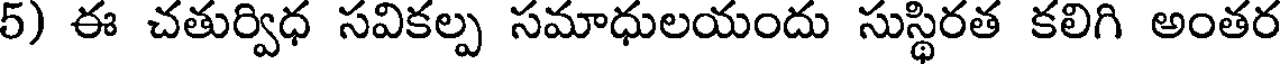
5) ఈ చతుర్విధ సవికల్ప సమాధులయందు సుస్థిరత కలిగి అంతర